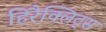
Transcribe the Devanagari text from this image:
हिरैक्लिट्स